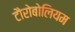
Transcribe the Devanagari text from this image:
टौरोबोलियम